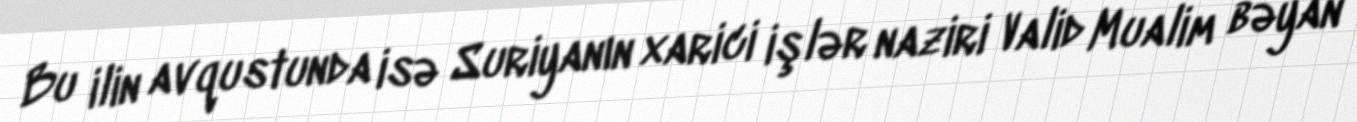
Bu ilin avqustunda isə Suriyanın xarici işlər naziri Valid Mualim bəyan